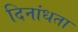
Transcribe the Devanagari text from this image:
दिनांधता